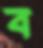
ব